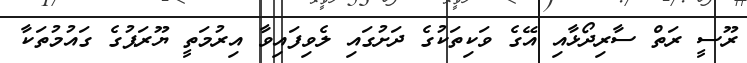
ރޫސީ ރަތް ސާރިދޯޅާއި އޭގެ ވަކިތަކުގެ ދަށުގައި ލެވިފައިވާ އިރުމަތީ ޔޫރަޕުގެ ގައުމުތަކާ